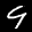
Label: 9